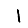
Digit: 1